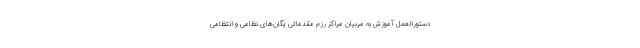
دستورالعمل آموزش به مربیان مراکز رزم مقدماتی یگان‌های نظامی و انتظامی